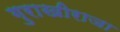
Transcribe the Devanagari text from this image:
गुराखीराजा